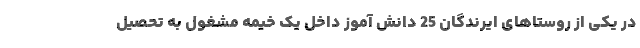
در یکی از روستاهای ایرندگان 25 دانش آموز داخل یک خیمه مشغول به تحصیل